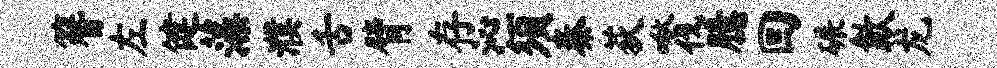
簪左健藻濮舌臂存沁须秦荻啾伐臆回碾歙龙